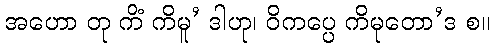
အဟော တု ကိံ ကိမူ’ ဒါဟု၊ ဝိကပ္ပေ ကိမုတော’ဒ စ။